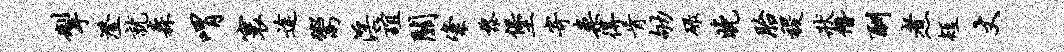
掣澄就森喟寰途鬻淫谊关粢黎堡寄案得肯劬碌晚胎稷状僭酬煮短丈